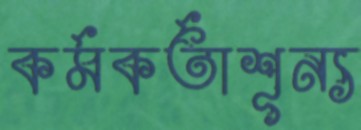
কর্মকর্তাশূন্য